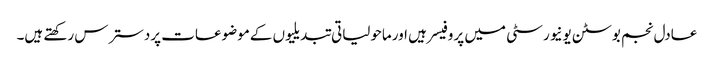
عادل نجم بوسٹن یونیورسٹی میں پروفیسر ہیں اورماحولیاتی تبدیلیوں کےموضوعات پردسترس رکھتے ہیں۔